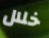
خلال